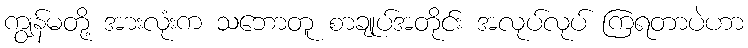
ကျွန်မတို့ အားလုံးက သဘောတူ စာချုပ်အတိုင်း အလုပ်လုပ် ကြရတာပဲဟာ